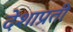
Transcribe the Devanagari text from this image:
देशाप्रती